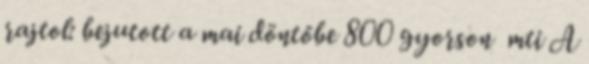
rajtol: bejutott a mai döntőbe 800 gyorson mti A